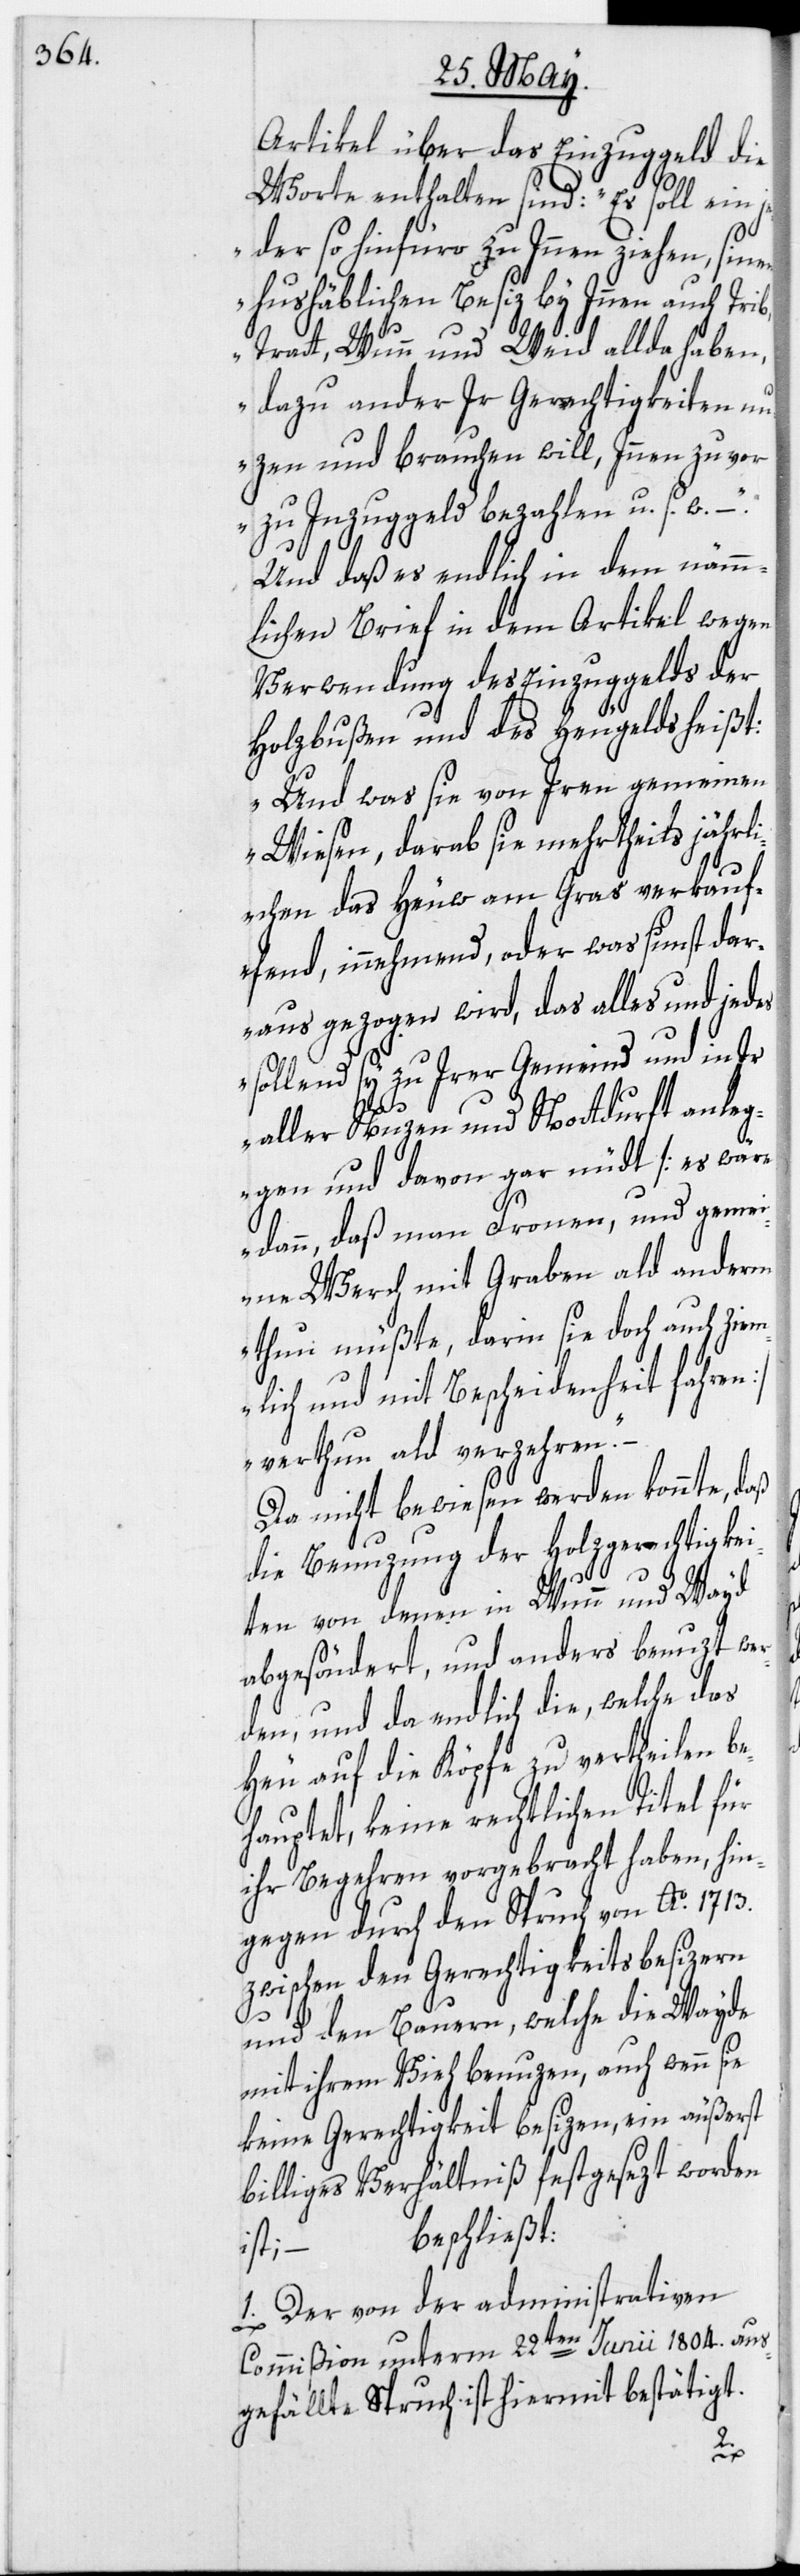
Artikel über das Einzuggeld die
Worte enthalten sind: „Es soll ein je¬
der so hinfüro zu Innen ziehen, sinen
hushäblichen Besiz bey Innen auch Trib,
Tratt, Wunn und Weid allda haben,
dazu ander Ir Gerechtigkeiten n¬
uzen und brauchen will, Innen zuvor
zu Inzuggeld bezahlen u. s. w.“ –
Und daß es endlich in dem nämm¬
lichen Brief in dem Artikel wegen
Verwendung des Einzuggelds der
Holzbußen und des Heugelds heißt:
„Und was sie von Iren gemeinen
Wiesen, darab sie mehrtheils jährl¬
ichen das Heuw am Gras verkauf¬
fend, innehmend, oder was sunst dar¬
aus gezogen wird, das alles und jedes
sollend sy zu Irer Gemeind und in Ir
aller Nuzen und Nottdurft anle¬
gen und davon gar nüdt [es wäre
dann, daß man Frouen, und geme¬
ine Werch mit Graben ald anderm
thun müßte, darin sie doch auch ziem¬
lich und mit Bescheidenheit fahren]
verthun ald verzehren“.
Da nicht bewiesen werden konnte, daß
die Benuzung der Holzgerechtigkei¬
ten von denen in Wunn und Wayd
abgesöndert, und anders benuzt wer¬
den, und da endlich die, welche das
Heu auf die Köpfe zu vertheilen be¬
hauptet, keine rechtlichen Titel für
ihr Begehren vorgebracht haben, hin¬
gegen durch den Spruch von Ao. 1713.
zwischen den Gerechtigkeitsbesizern
und den Bauern, welche die Wayde
mit ihrem Vieh benuzen, auch wenn sie
keine Gerechtigkeit besizen, ein äußerst
billiges Verhältniß festgesezt worden
beschließt:
ist;
1. Der von der administrativen
Commißion unterm 22ten Junii 1804. aus¬
gefällte Spruch ist hiermit bestätigt.